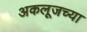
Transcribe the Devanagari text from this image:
अकलूजच्या